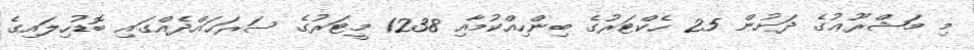
މި މަޝްރޫޢުގެ ދަށުން 25 ހެކްޓަރުގެ ބިންހިއްކުމާއި 1238 މީޓަރުގެ ސަރަޙައްދެއްގައި ބޮޑުހިލައިގެ